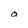
Character: a